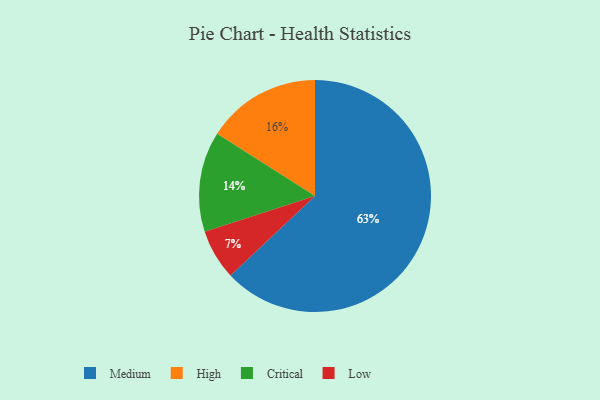
{"axis": {"x": "Category", "y": "Percentage"}, "legend": ["Critical", "High", "Low", "Medium"], "data": [{"x": "High", "y": 16, "type": "High"}, {"x": "Critical", "y": 14, "type": "Critical"}, {"x": "Low", "y": 7, "type": "Low"}, {"x": "Medium", "y": 63, "type": "Medium"}]}